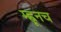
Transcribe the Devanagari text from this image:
म्ह्णूनच